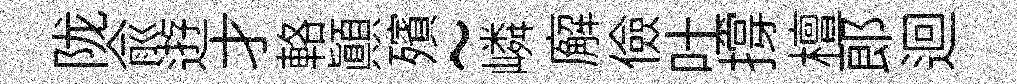
陇俞逰才輅顛殯~嶙廨儉吐撐檀郞迴